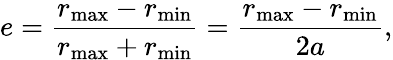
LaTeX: e={\frac{r_{\mathrm{max}}-r_{\mathrm{min}}}{r_{\mathrm{max}}+r_{\mathrm{min}}}}={\frac{r_{\mathrm{max}}-r_{\mathrm{min}}}{2a}},